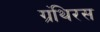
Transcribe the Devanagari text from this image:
ग्रंथिरस